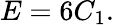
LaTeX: E=6C_{1}.